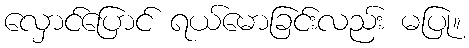
လှောင်ပြောင် ရယ်မောခြင်းလည်း မပြု။